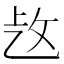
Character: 𢼁